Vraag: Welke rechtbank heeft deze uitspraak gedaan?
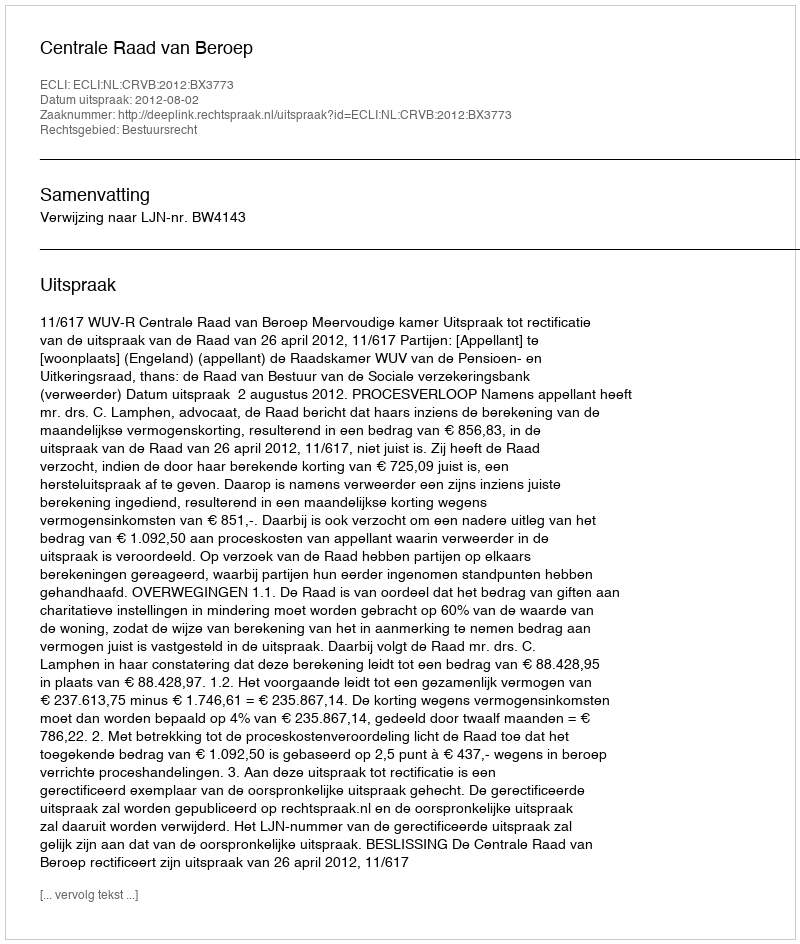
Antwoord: Centrale Raad van Beroep